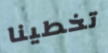
تخطينا